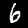
Label: 6